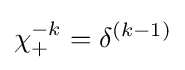
\chi _{+}^{-k}=\delta ^{(k-1)}